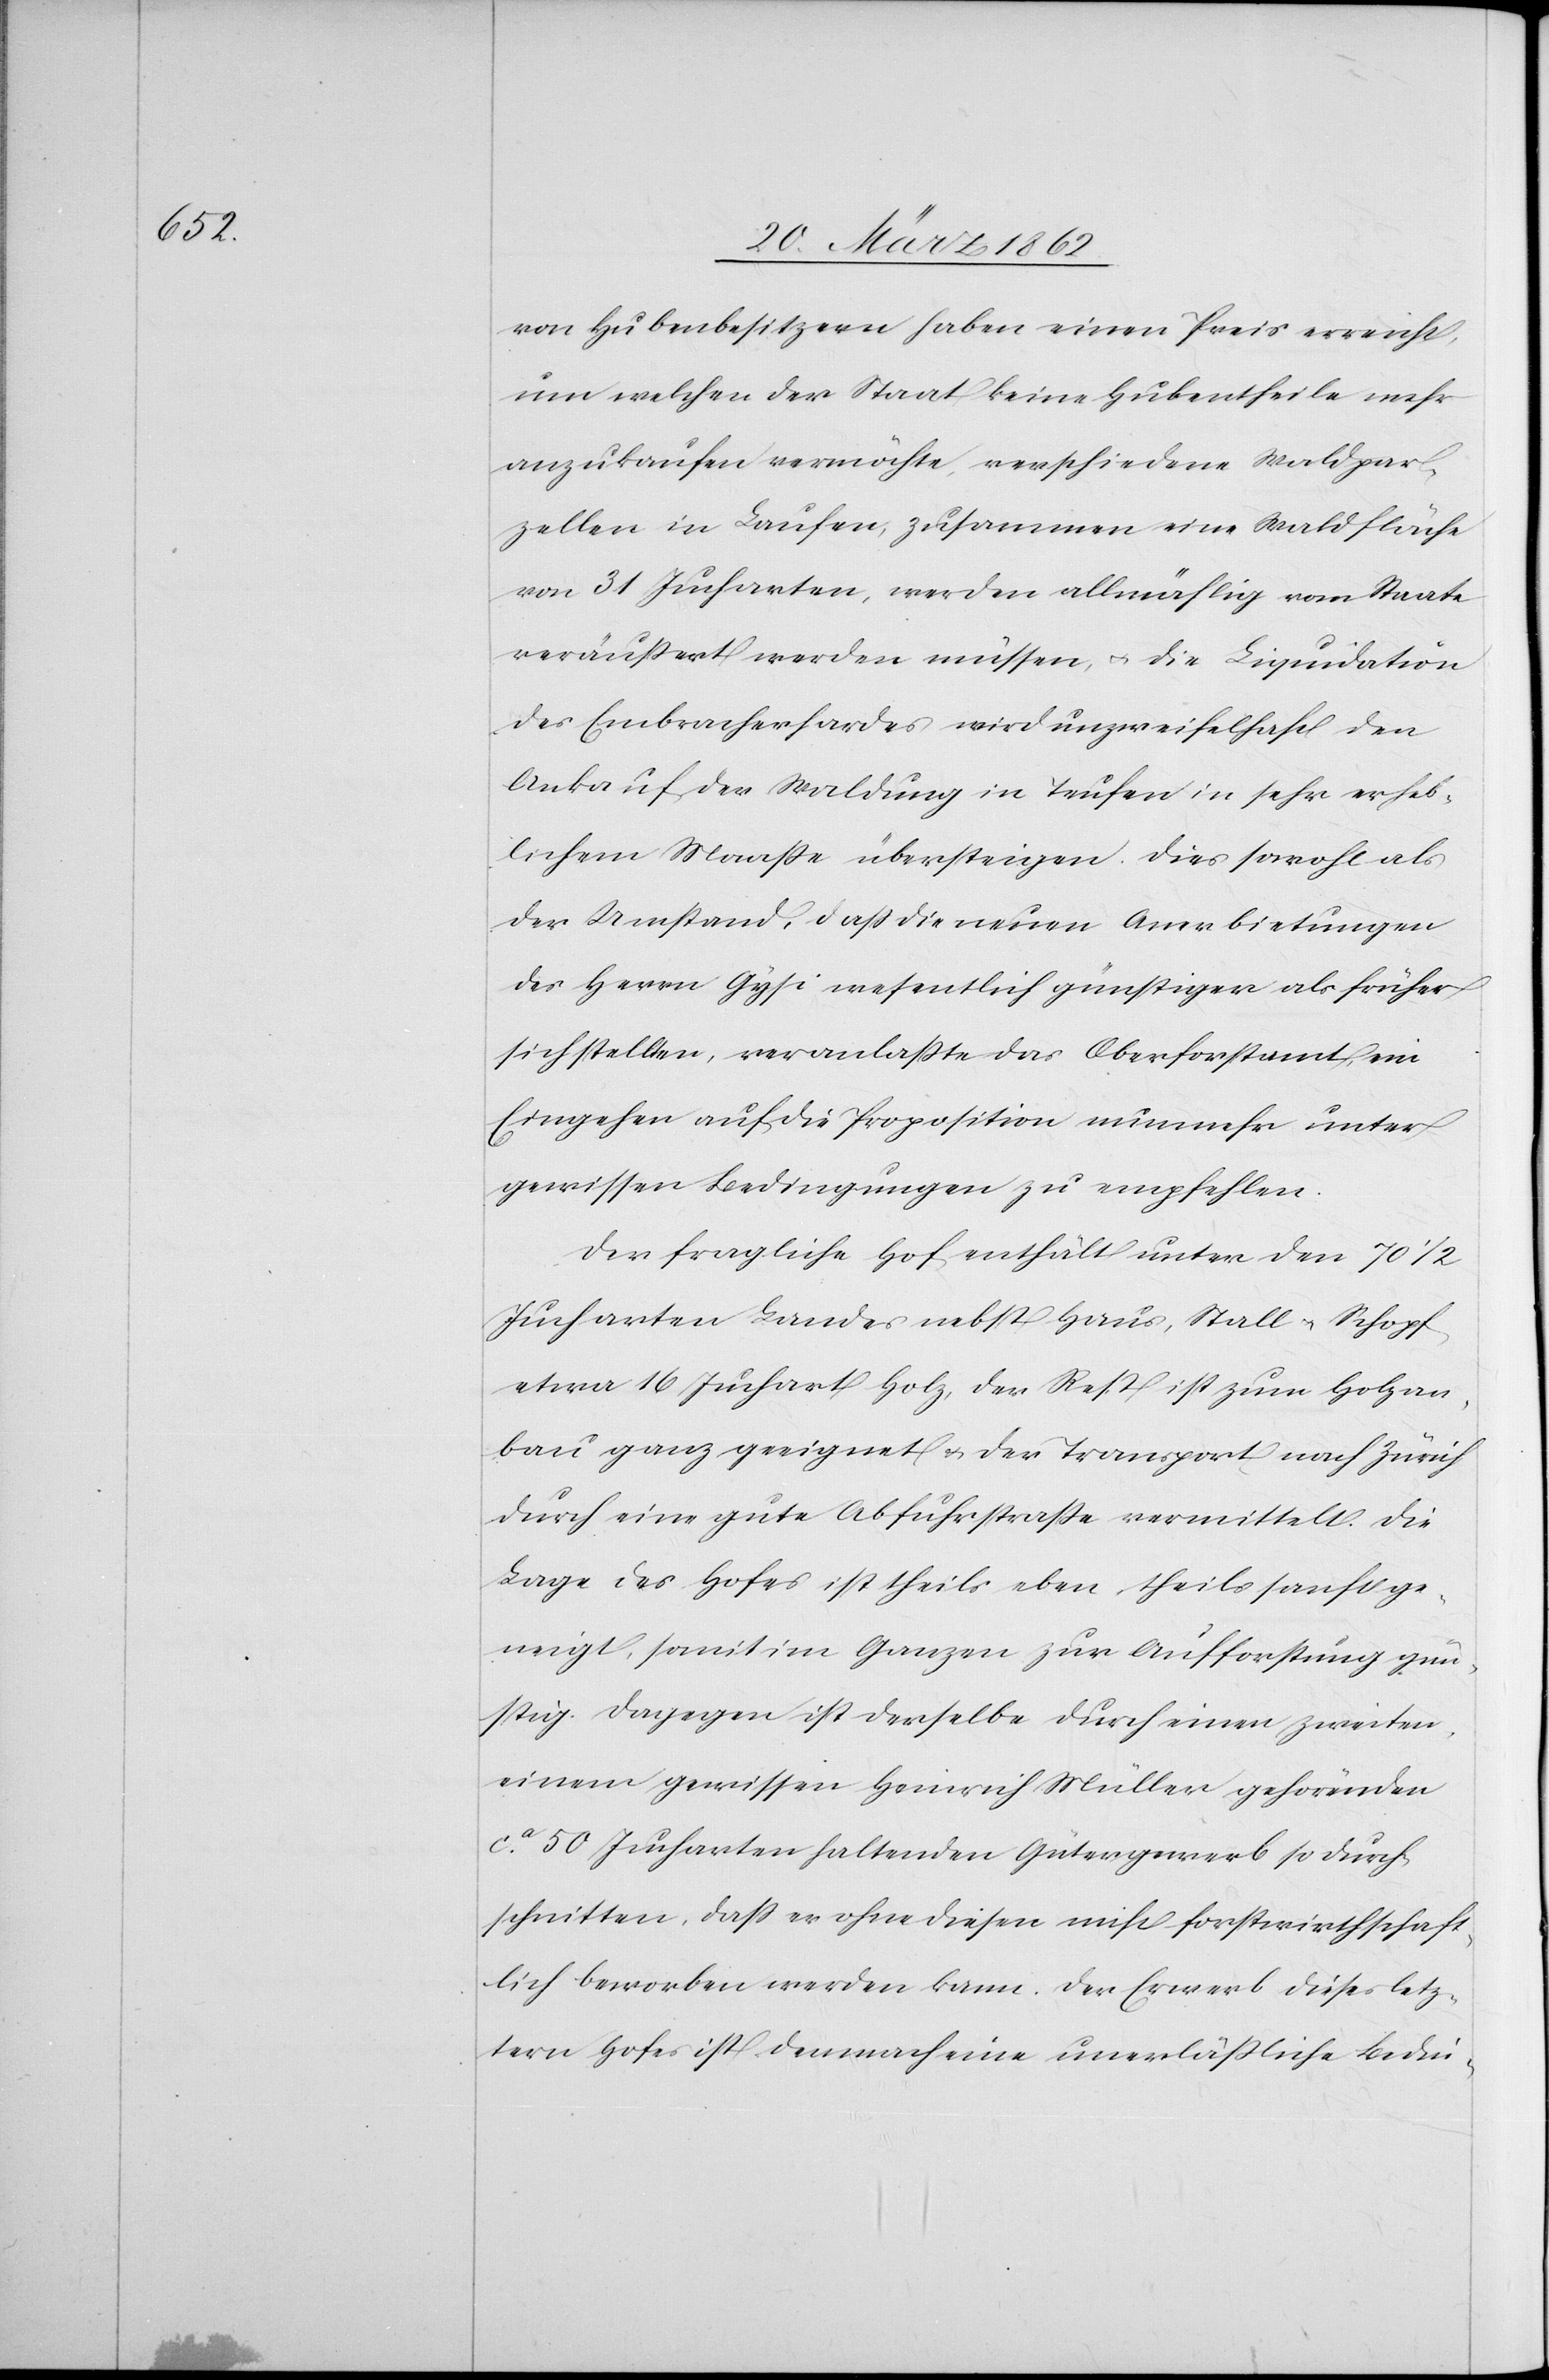
von Hubenbesitzern haben einen Preis erreicht,
um welchen der Staat keine Hubentheile mehr
anzukaufen vermöchte, verschiedene Waldpar¬
zellen in Laufen, zusammen eine Waldfläche
von 31 Jucharten, weden allmählig vom Staate
veräußert werden müssen, u. die Liquidation
des Embracherhardes wird unzweifelhaft den
Ankauf der Waldung in Teufen in sehr erheb¬
lichem Maaße übersteigen. Dies sowohl als
der Umstand, daß die neuen Anerbietungen
des Herrn Gysi wesentlich günstiger als früher
sich stellten, veranlaßte das Oberforstamt, ein
Eingehen auf die Proposition nunmehr unter
gewissen Bedingungen zu empfehlen.
Der fragliche Hof enthält unter den 70 1/2
Jucharten Landes nebst Haus, Stall u. Schopf,
etwa 16 Juchart Holz, der Rest ist zum Holzan¬
bau ganz geeignet & der Transport nach Zürich
durch eine gute Abfuhrstraße vermittelt. Die
Lage des Hofes ist theils eben, theils sanft ge¬
neigt, somit im Ganzen zur Aufforstung gün¬
stig. Dagegen ist derselbe durch einen zweiten,
einem gewissen Heinrich Müller gehörenden
ca. 50 Jucharten haltenden Gütergewerb so durch¬
schnitten, daß er ohne diesen nicht forstwirthschaft¬
lich beworben werden kann. Der Erwerb dieses letz¬
tern Hofes ist demnach eine unerläßliche Bedin-